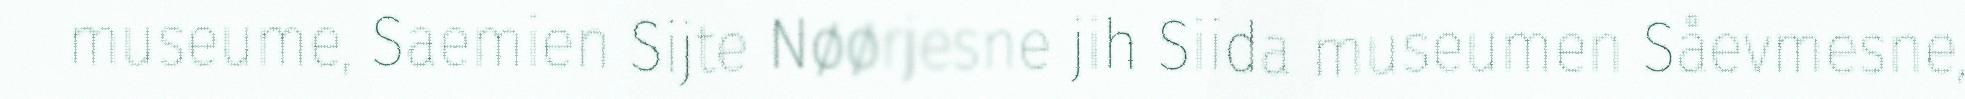
museume, Saemien Sijte Nøørjesne jih Siida museumen Såevmesne,